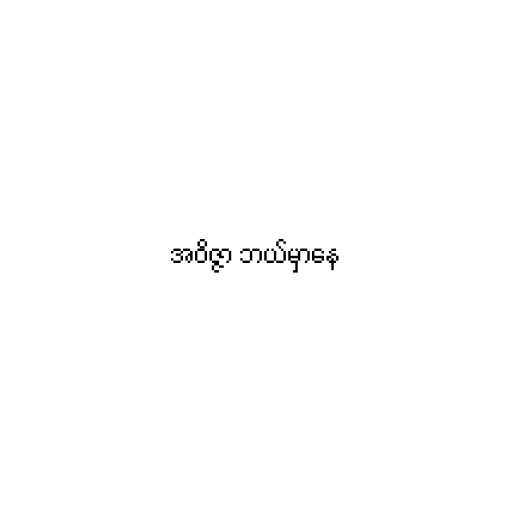
အဝိဇ္ဇာ ဘယ်မှာနေ